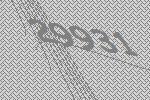
29931